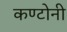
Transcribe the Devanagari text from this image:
कण्टोनी